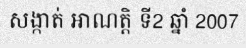
សង្កាត់ អាណត្តិ ទី2 ឆ្នាំ 2007